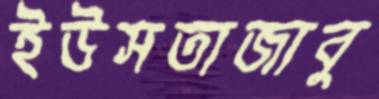
ইউসতাজাবু